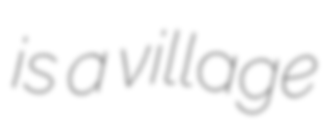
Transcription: is a village